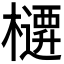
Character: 𭬜